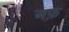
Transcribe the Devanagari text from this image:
अफ़